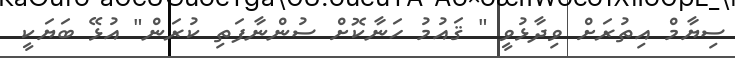
ސިޔާމް އިތުރަށް ވިދާޅުވީ " ޤައުމު ހަނާކޮށް ސުންނާފަތި ކުރަން" އުޅޭ ބަޔަކީ